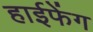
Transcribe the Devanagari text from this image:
हाईफेंग